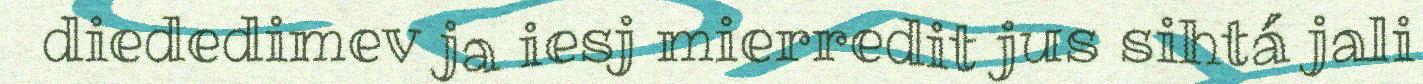
diededimev ja iesj mierredit jus sihtá jali